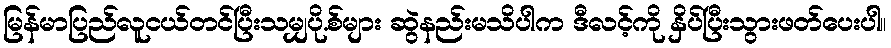
မြန်မာပြည်လူငယ်တင်ပြီးသမျှပို.စ်များ ဆွဲနည်းမသိပါက ဒီလင့်ကို နှိပ်ပြီးသွားဖတ်ပေးပါ။